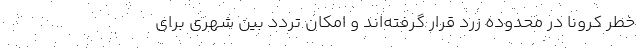
خطر کرونا در محدوده زرد قرار گرفته‌اند و امکان تردد بین شهری برای